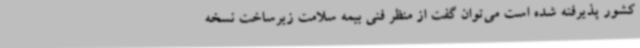
کشور پذیرفته شده است می‌توان گفت از منظر فنی بیمه سلامت زیرساخت نسخه